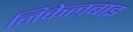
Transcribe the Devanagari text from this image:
निकेलबाइ